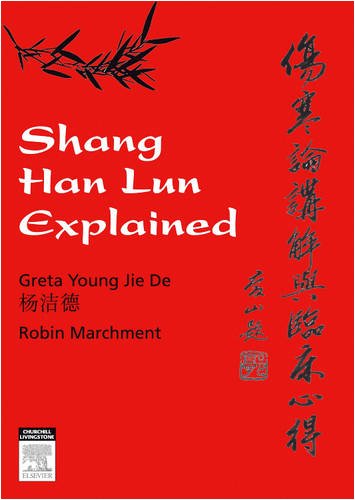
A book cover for Shang Han Lun Explained, 1e; Greta Young; Medical Books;